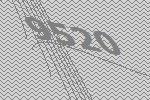
9520